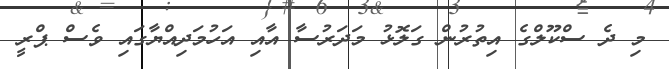
މި ދެ ސްކޫލްގެ އިތުރުން ގަލޮޅު މަދަރުސާ އާއި އަހުމަދިއްޔާގައި ވެސް ޕްރީ